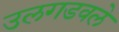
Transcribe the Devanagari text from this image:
उलगडवले